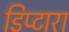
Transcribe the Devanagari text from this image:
डिप्टारा